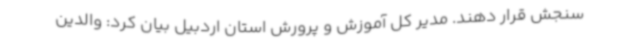
سنجش قرار دهند. مدیر کل آموزش و پرورش استان اردبیل بیان کرد: والدین